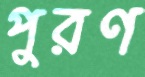
পুরণ